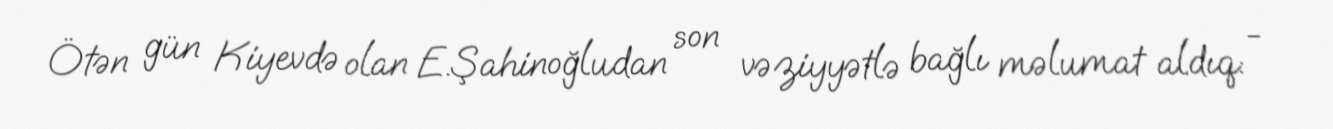
Ötən gün Kiyevdə olan E.Şahinoğludan son vəziyyətlə bağlı məlumat aldıq: -